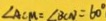
\angle A C M = \angle B C N = 6 0 ^ { \circ }